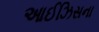
આઈઝિસના